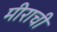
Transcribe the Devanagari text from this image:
मीराची